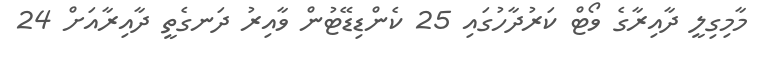
މާމިގިލީ ދާއިރާގެ ވޯޓް ކަރުދާހުގައި 25 ކެންޑިޑޭޓުން ވާއިރު ދަނގެތީ ދާއިރާއަށް 24